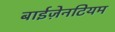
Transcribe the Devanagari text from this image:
बाईज़ेनटियम